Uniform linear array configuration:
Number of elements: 32
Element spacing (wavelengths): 0.75
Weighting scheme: kaiser
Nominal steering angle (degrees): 45
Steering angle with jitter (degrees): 46.838
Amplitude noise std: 0.05
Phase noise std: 0.05

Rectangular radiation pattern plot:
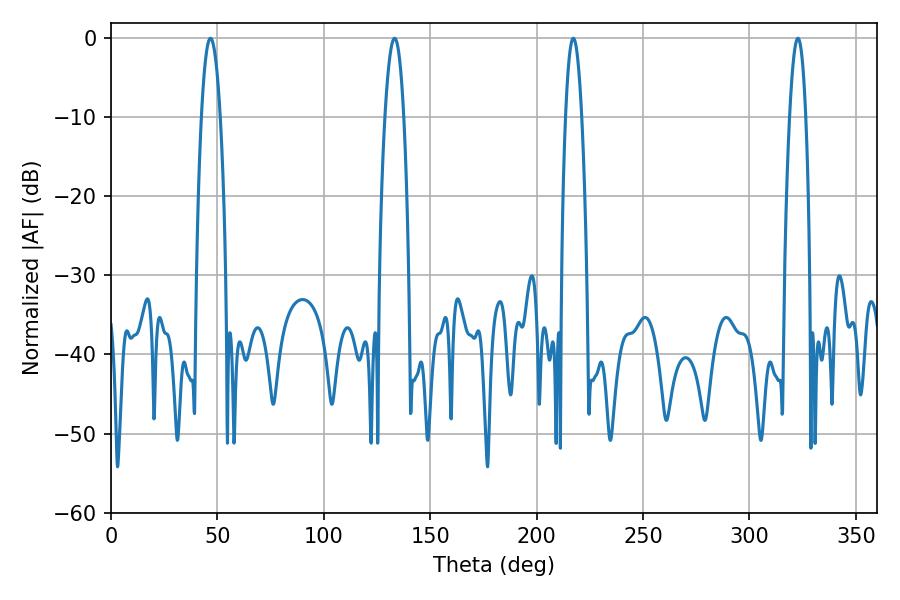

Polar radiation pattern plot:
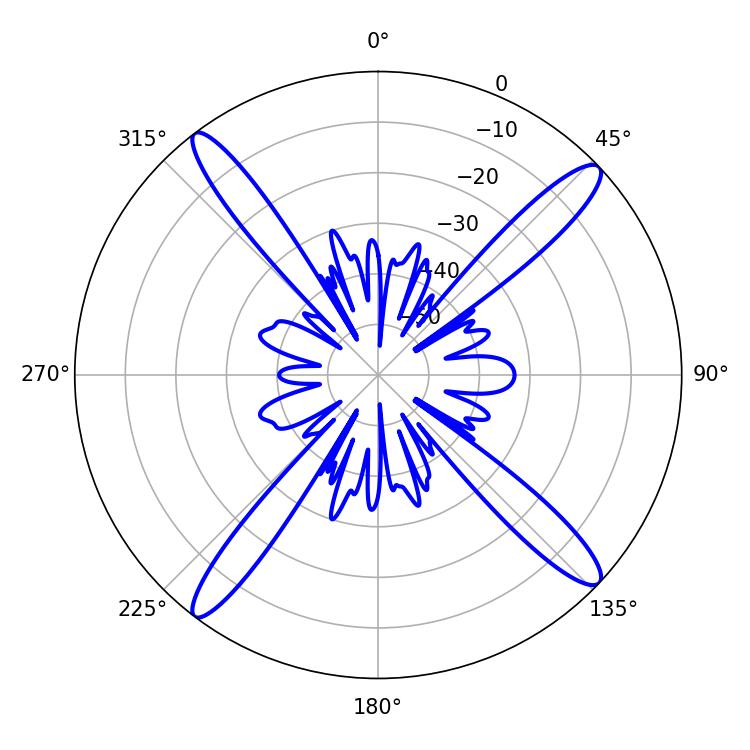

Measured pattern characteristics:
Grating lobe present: TRUE
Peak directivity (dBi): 17.183
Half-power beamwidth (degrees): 4.14
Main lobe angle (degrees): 217.26